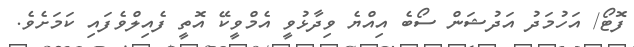
ފޮޓޯ/ އަހުމަދު އަދުޝަން ސޯބެ އިއްޔެ ވިދާޅުވީ އެމްވީކޭ އޮތީ ފެއިލްވެފައި ކަމަށެވެ.